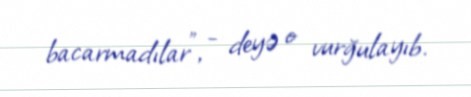
bacarmadılar”, - deyə o vurğulayıb.